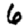
Digit: 6